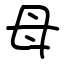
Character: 母